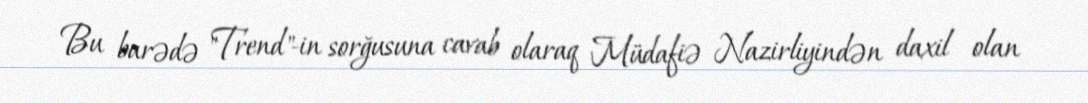
Bu barədə "Trend"-in sorğusuna cavab olaraq Müdafiə Nazirliyindən daxil olan